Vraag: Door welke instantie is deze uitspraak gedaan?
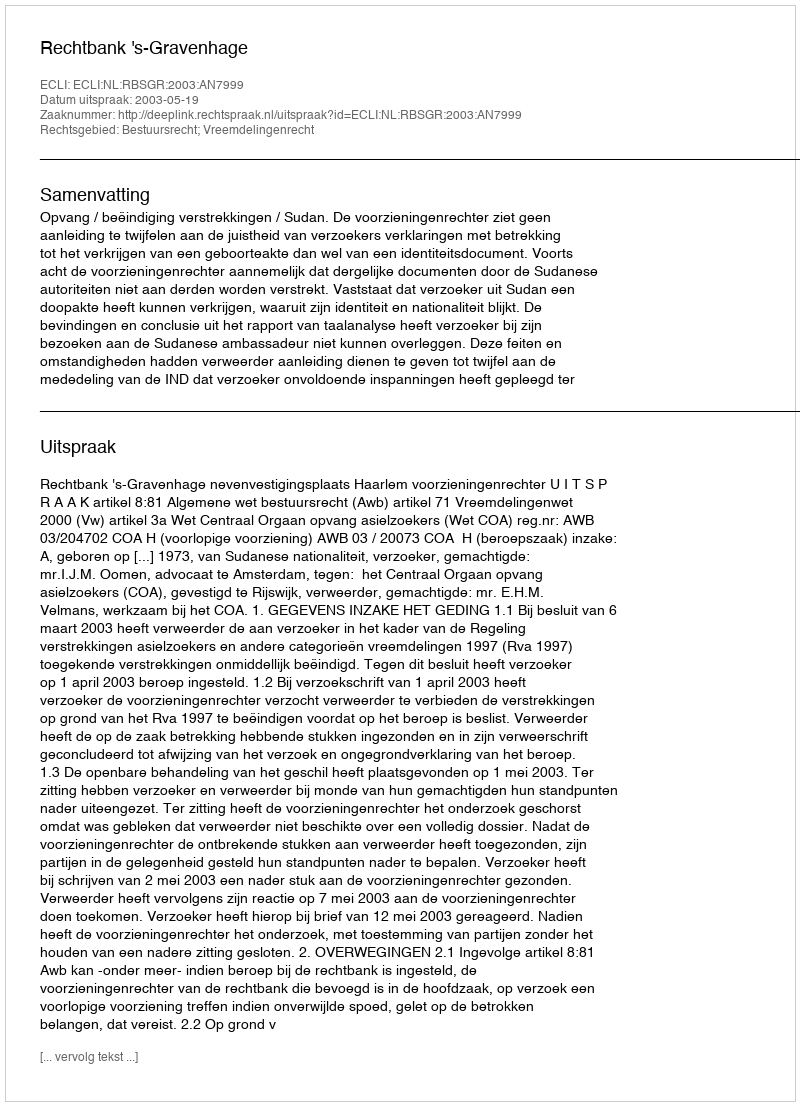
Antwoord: Rechtbank 's-Gravenhage